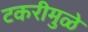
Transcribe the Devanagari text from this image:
टकरीमुळे